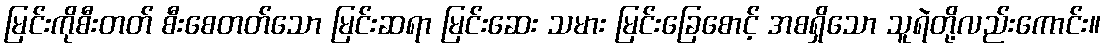
မြင်းကိုစီးတတ် စီးစေတတ်သော မြင်းဆရာ မြင်းဆေး သမား မြင်းခြေစောင့် အစရှိသော သူရဲတို့လည်းကောင်း။